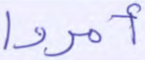
أمروا